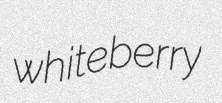
whiteberry